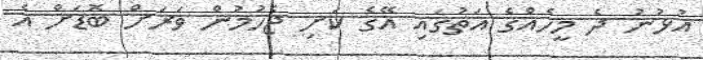
އުޅުނު ދެ މީހެއްގެ އަތުގައި އޭގެ ކަށި ޖެހުމުން ވަރަށް ބޮޑަށް އެ